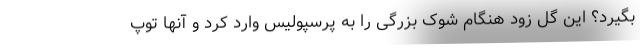
بگیرد؟ این گل زود هنگام شوک بزرگی را به پرسپولیس وارد کرد و آنها توپ